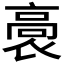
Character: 𮪸